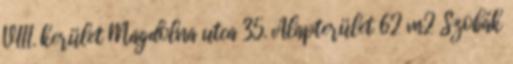
VIII. kerület Magdolna utca 35. Alapterület 62 m2 Szobák